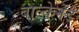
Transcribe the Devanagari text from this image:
बाल्केनेंडे